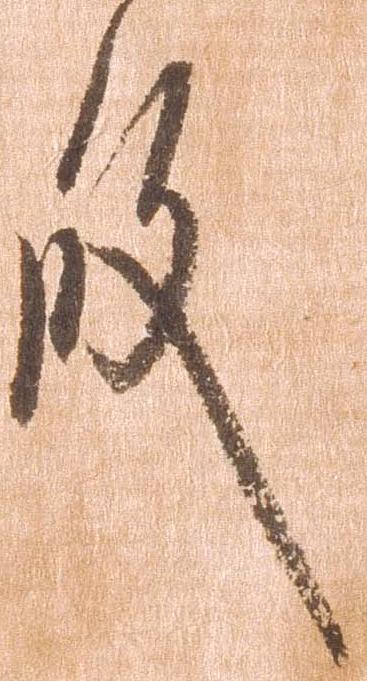
殿